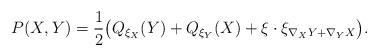
LaTeX: \begin{align*}P(X,Y)=\frac{1}{2}\big(Q_{\xi_X}(Y)+Q_{\xi_Y}(X)+\xi\cdot\xi_{\nabla_XY+\nabla_YX}\big).\end{align*}